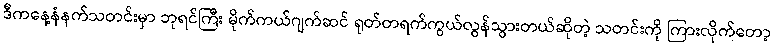
ဒီကနေ့နံနက်သတင်းမှာ ဘုရင်ကြီး မိုက်ကယ်ဂျက်ဆင် ရုတ်တရက်ကွယ်လွန်သွားတယ်ဆိုတဲ့ သတင်းကို ကြားလိုက်တော့